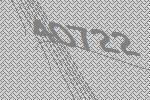
40722